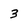
Character: 3